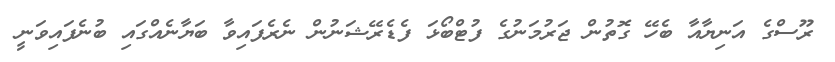
ރޫސްގެ އަނިޔާއާ ބެހޭ ގޮތުން ޖަރުމަނުގެ ފުޓްބޯޅަ ފެޑެރޭޝަނުން ނެރެފައިވާ ބަޔާނެއްގައި ބުނެފައިވަނީ